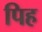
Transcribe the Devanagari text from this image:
पिह